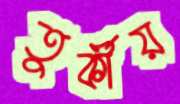
তুর্কীয়